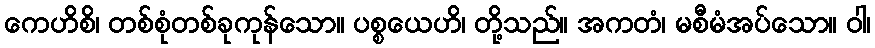
ကေဟိစိ၊ တစ်စုံတစ်ခုကုန်သော။ ပစ္စယေဟိ၊ တို့သည်။ အကတံ၊ မစီမံအပ်သော။ ဝါ၊